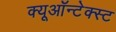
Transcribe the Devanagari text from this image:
क्यूऑन्टेक्स्ट